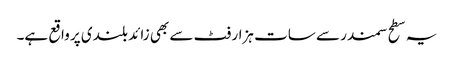
یہ سطح سمندر سے سات ہزار فٹ سے بھی زائد بلندی پر واقع ہے۔